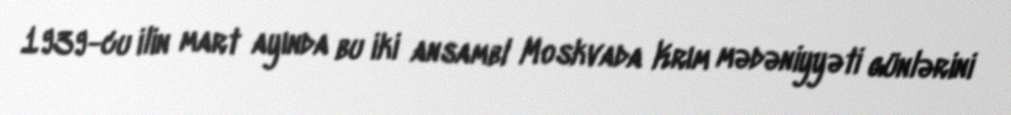
1939-cu ilin mart ayında bu iki ansambl Moskvada Krım mədəniyyəti günlərini